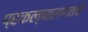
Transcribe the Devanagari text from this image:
प्रकल्पालगतचे